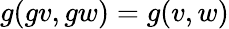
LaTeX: g(gv,gw)=g(v,w)